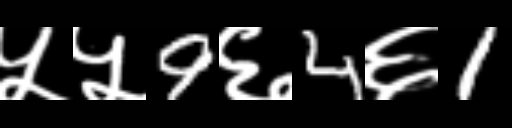
Text: ५५9६4६1